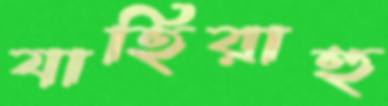
যাহিরাহু